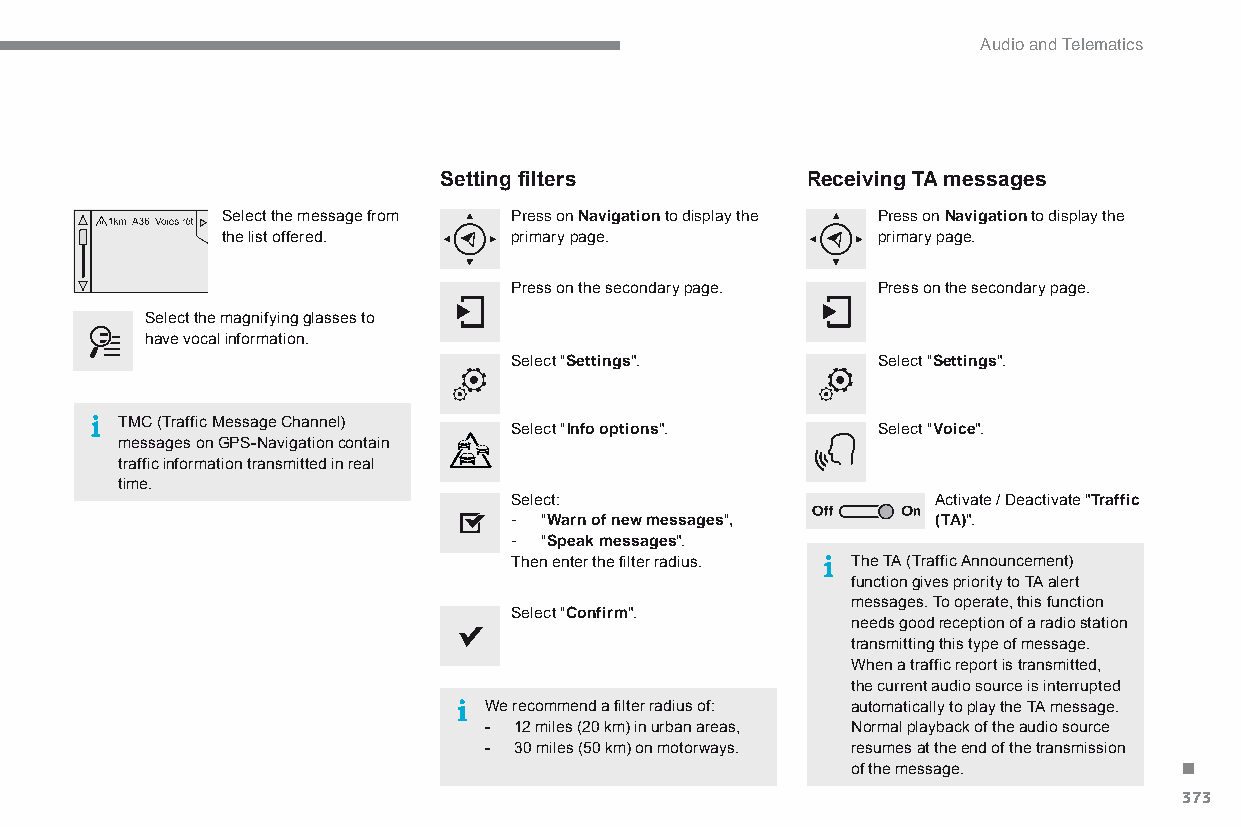
Audio and Telematics
 Setting filters         Receiving TA messages
 Select the message from Press on Navigation to display the Press on Navigation to display the
 the list offered.  primary page.           primary page.
 Press on the secondary page. Press on the secondary page.
 Select the magnifying glasses to
 have vocal information.
 Select "Settings".      Select "Settings".
 TMC (Traffic Message Channel)
 Select "Info options".  Select "Voice".
 messages on GPS-Navigation contain
 traffic information transmitted in real
 time.
 Select:                     Activate / Deactivate "Traffic
 - "Warn of new messages",   (TA)".
 - "Speak messages".
 Then enter the filter radius. The TA (Traffic Announcement)
 function gives priority to TA alert
 messages. To operate, this function
 Select "Confirm".
 needs good reception of a radio station
 transmitting this type of message.
 When a traffic report is transmitted,
 the current audio source is interrupted
 We recommend a filter radius of: automatically to play the TA message.
 - 12 miles (20 km) in urban areas, Normal playback of the audio source .
 - 30 miles (50 km) on motorways. resumes at the end of the transmission
 of the message.
 373
 C4-Picasso-II_en_Chap10b_SMEGplus_ed01-2015